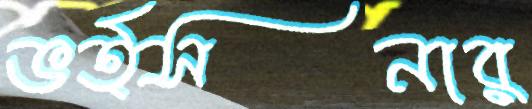
ভর্ত্সনার